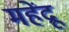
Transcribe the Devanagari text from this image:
महेंद्रू